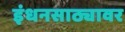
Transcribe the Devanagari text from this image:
इंधनसाठ्यावर